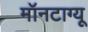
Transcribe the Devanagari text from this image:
मॉनटाग्यू